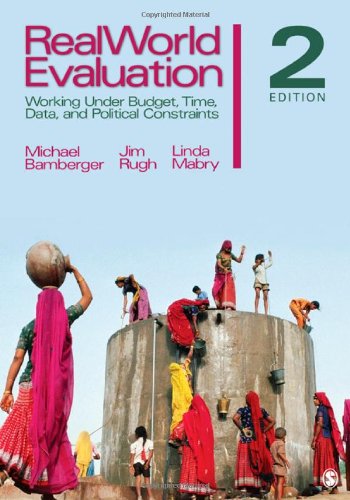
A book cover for RealWorld Evaluation: Working Under Budget, Time, Data, and Political  Constraints; Michael Bamberger; Reference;